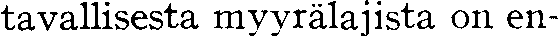
tavallisesta myyrälajista on en-